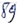
Text: 89